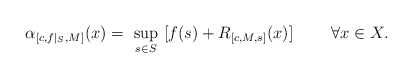
\begin{align*}\alpha_{[c,f|_S,M]}(x)=\ \sup_{s\in S}\ [f(s)+R_{[c,M,s]}(x)]\ \ \ \ \ \ \ \forall x\in X.\end{align*}